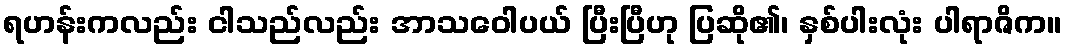
ရဟန်းကလည်း ငါသည်လည်း အာသဝေါပယ် ပြီးပြီဟု ပြဆို၏၊ နှစ်ပါးလုံး ပါရာဇိက။